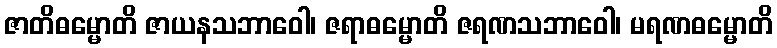
ဇာတိဓမ္မောတိ ဇာယနသဘာဝေါ၊ ဇရာဓမ္မောတိ ဇရဏသဘာဝေါ၊ မရဏဓမ္မောတိ